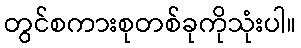
တွင်စကားစုတစ်ခုကိုသုံးပါ။